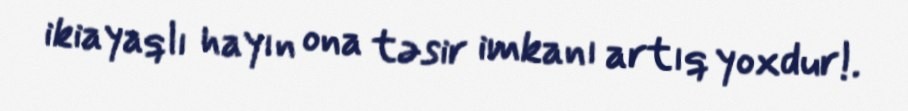
ikiayaqlı hayın ona təsir imkanı artıq yoxdur!.